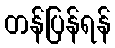
တန်ပြန်ရန်